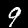
Digit: 9